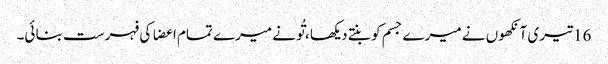
16 تیری آنکھوں نے میرے جسم کو بنتے دیکھا ، تُو نے میرے تمام اعضا کی فہرست بنا ئی۔